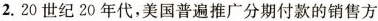
2.20世纪20年代，美国普遍推广分期付款的销售方